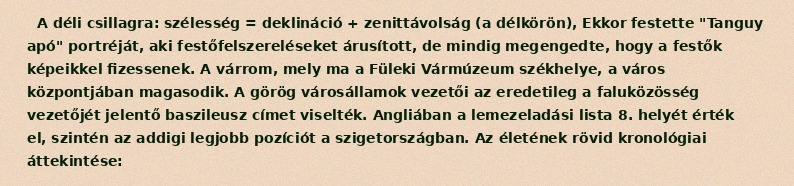
A déli csillagra: szélesség = deklináció + zenittávolság (a délkörön), Ekkor festette "Tanguy apó" portréját, aki festőfelszereléseket árusított, de mindig megengedte, hogy a festők képeikkel fizessenek. A várrom, mely ma a Füleki Vármúzeum székhelye, a város központjában magasodik. A görög városállamok vezetői az eredetileg a faluközösség vezetőjét jelentő baszileusz címet viselték. Angliában a lemezeladási lista 8. helyét érték el, szintén az addigi legjobb pozíciót a szigetországban. Az életének rövid kronológiai áttekintése: